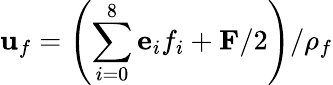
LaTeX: \mathbf{u}_{f}=\left(\sum_{i=0}^{8}\mathbf{e}_{i}f_{i}+\mathbf{F}/2\right)/\rho_{f}